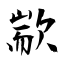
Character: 歂